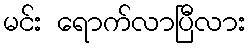
မင်း ရောက်လာပြီလား